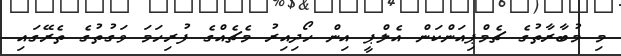
މި މުބާރާތުގެ ޗެމްޕިއަންކަން އެލްޕީ އިން ހޯދިއިރު މެޗެއްގެ ފުރިހަމަ ވަގުތުގެ ތެރޭގައި